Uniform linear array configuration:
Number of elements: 48
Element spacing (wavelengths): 1
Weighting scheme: uniform
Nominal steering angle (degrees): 15
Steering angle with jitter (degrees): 16.544
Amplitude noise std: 0.05
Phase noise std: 0.05

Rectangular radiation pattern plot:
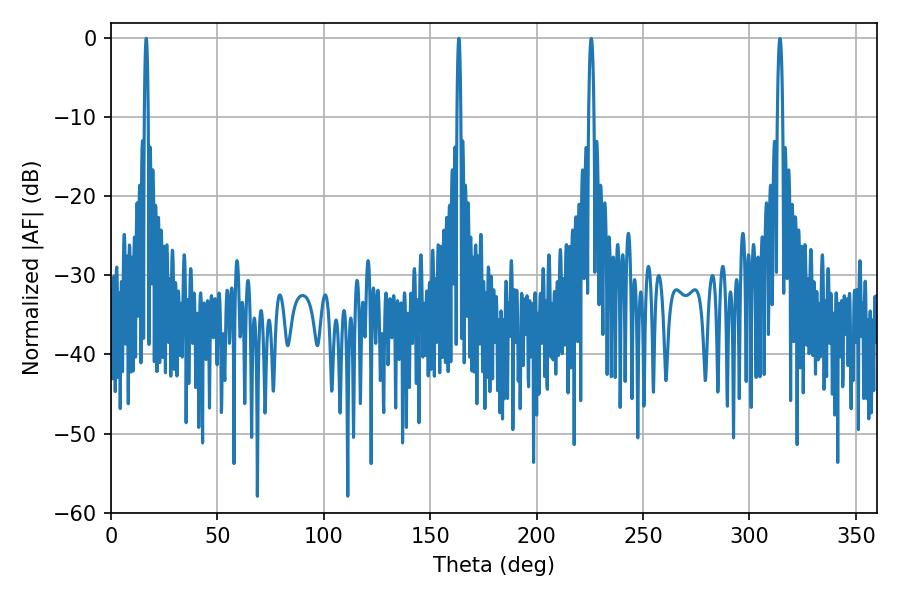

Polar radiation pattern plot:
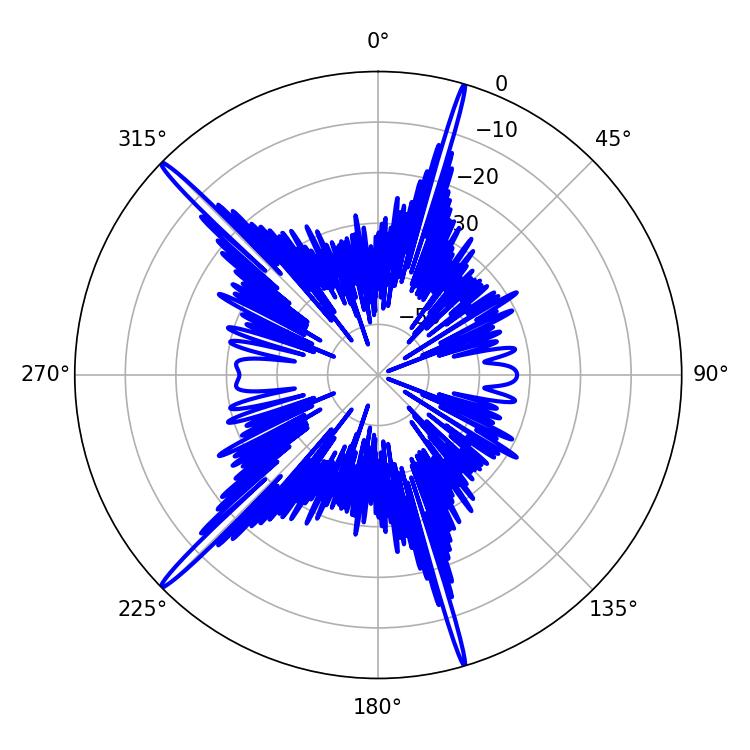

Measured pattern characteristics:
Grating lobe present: TRUE
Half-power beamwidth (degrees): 1.08
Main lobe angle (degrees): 163.44